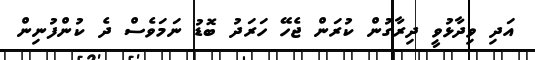
އަދި ވިދާޅުވީ ދިރާގުން ކުރަން ޖެހޭ ހަރަދު ބޮޑު ނަމަވެސް ދެ ކުންފުނިން